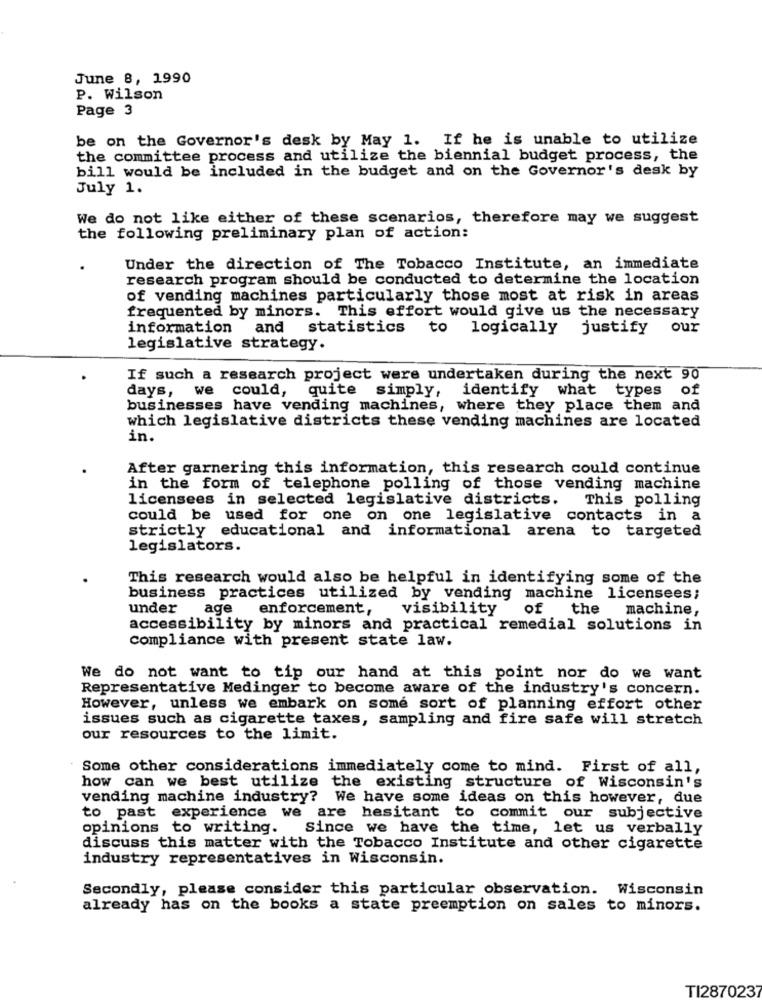
June 8, 1990
P. Wilson
Page 3
be on the Governor's desk by May 1. If he is unable to utilize
the committee process and utilize the biennial budget process, the
bill would be included in the budget and on the Governor's desk by
July 1.
We do not like either of these scenarios, therefore may we suggest
the following preliminary plan of action:
Under the direction of The Tobacco Institute, an immediate
research program should be conducted to determine the location
of vending machines particularly those most at risk in areas
frequented by minors. This effort would give us the necessary
information and statistics
logically
justify
our
legislative strategy.
If such a research project were undertaken during the next 90
days, we could, quite simply, identify what types of
businesses have vending machines, where they place them and
which legislative districts these vending machines are located
in.
After garnering this information, this research could continue
in the form of telephone polling of those vending machine
licensees in selected legislative districts.
This polling
could be used for one on one legislative contacts in a
strictly educational and informational arena to targeted
legislators.
This research would also be helpful in identifying some of the
business practices utilized by vending machine licensees;
under
age
enforcement,
visibility
of
the machine,
accessibility by minors and practical remedial solutions in
compliance with present state law.
We do not want to tip our hand at this point nor do we want
Representative Medinger to become aware of the industry's concern.
However, unless we embark on some sort of planning effort other
issues such as cigarette taxes, sampling and fire safe will stretch
our resources to the limit.
Some other considerations immediately come to mind. First of all,
how can we best utilize the existing structure of Wisconsin's
vending machine industry? We have some ideas on this however, due
to past experience we are hesitant to commit our subjective
opinions to writing.
Since we have the time, let us verbally
discuss this matter with the Tobacco Institute and other cigarette
industry representatives in Wisconsin.
Secondly, please consider this particular observation. Wisconsin
already has on the books a state preemption on sales to minors.
TI2870237